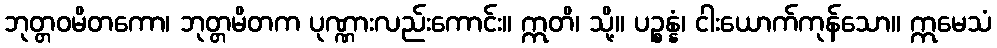
ဘုတ္တဝမိတကော၊ ဘုတ္တမိတက ပုဏ္ဏားလည်းကောင်း။ ဣတိ၊ သို့။ ပဉ္စန္နံ၊ ငါးယောက်ကုန်သော။ ဣမေသံ